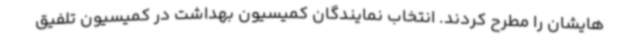
هایشان را مطرح کردند. انتخاب نمایندگان کمیسیون بهداشت در کمیسیون تلفیق